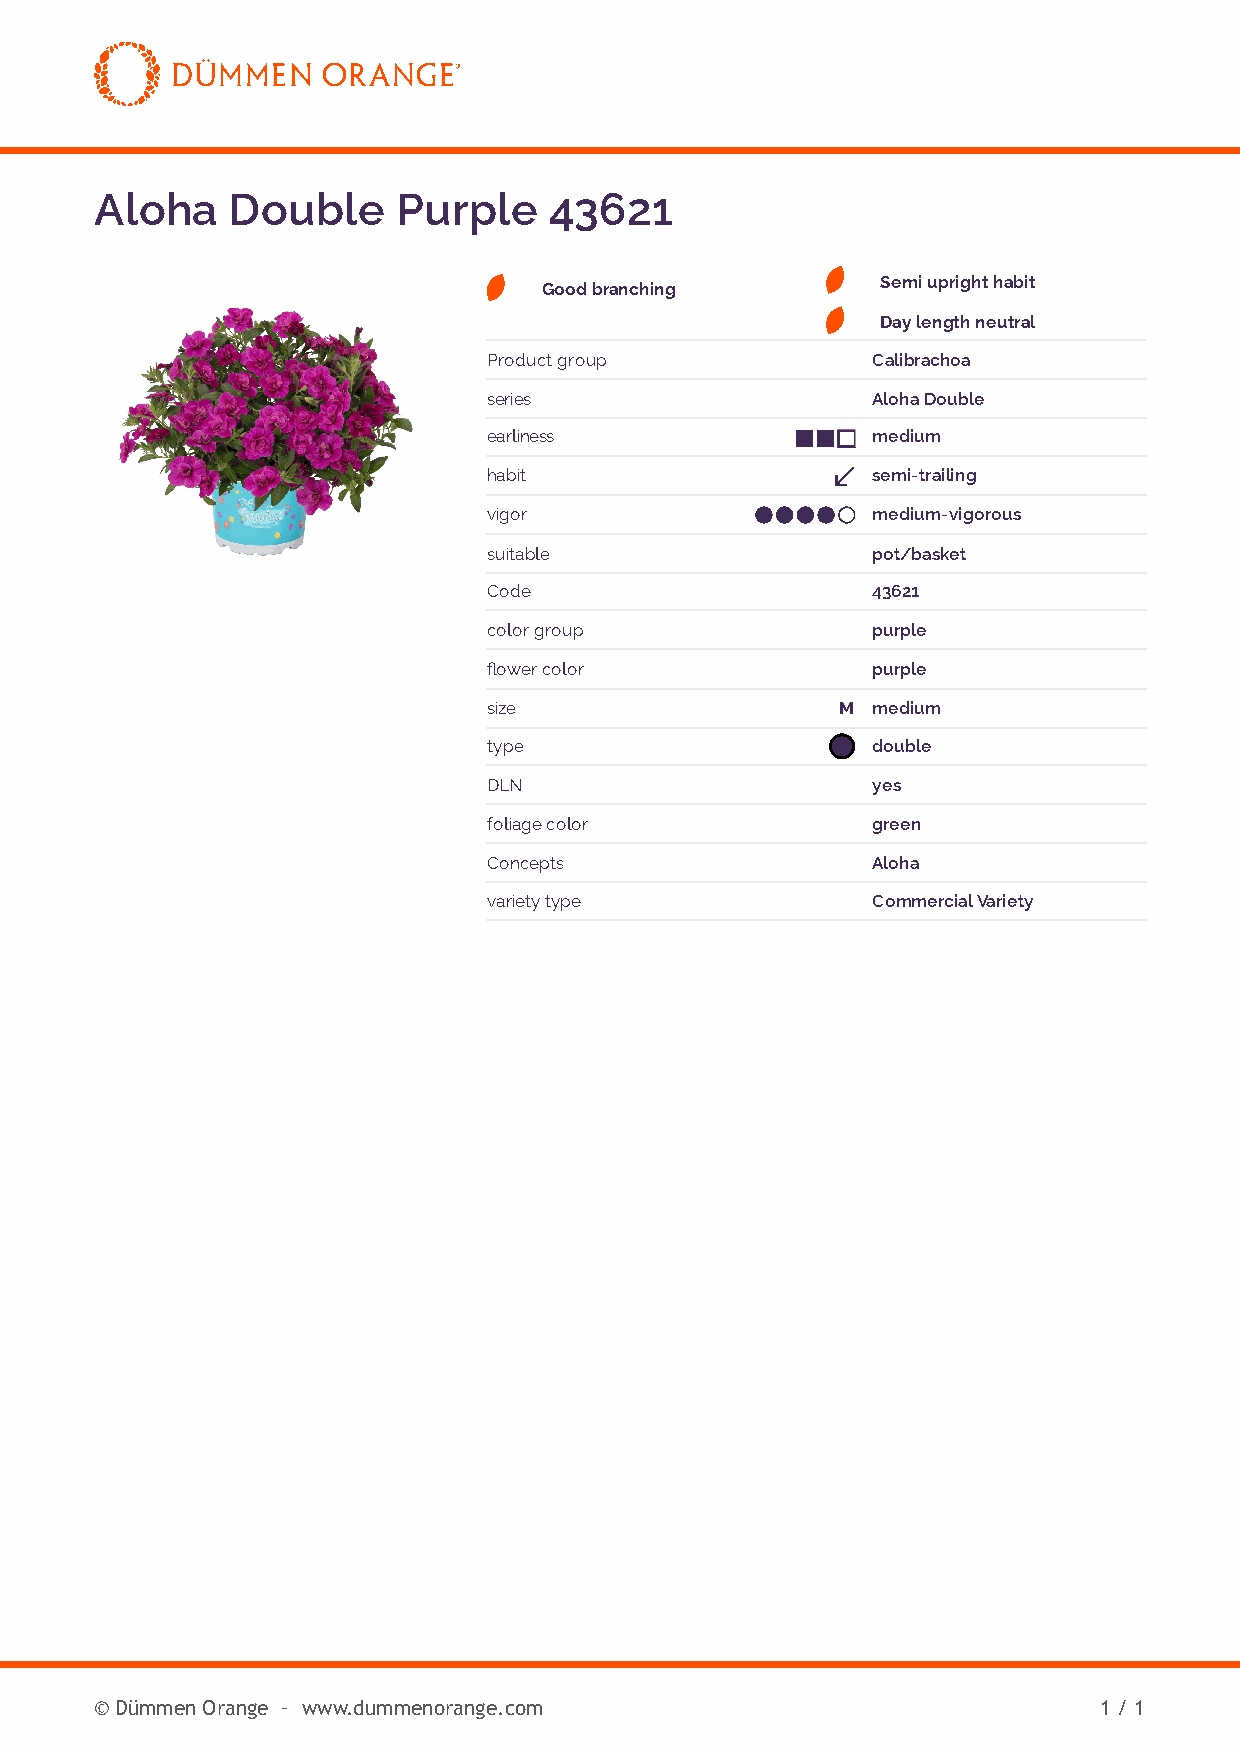
Aloha    Double     Purple    43621
 Semi upright habit
 Good branching
 Day length neutral
 Product group             Calibrachoa
 series                    Aloha Double
 earliness                 medium
 habit                     semi-trailing
 vigor                     medium-vigorous
 suitable                  pot/basket
 Code                      43621
 color group               purple
 flower color              purple
 size                    M medium
 type                      double
 DLN                       yes
 foliage color             green
 Concepts                  Aloha
 variety type              Commercial Variety
 © Dümmen Orange – www.dummenorange.com                             1 / 1